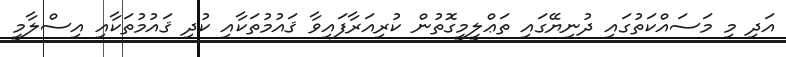
އަދި މި މަސައްކަތުގައި ދުނިޔޭގައި ތަޢްލީމީގޮތުން ކުރިއަރާފައިވާ ޤައުމުތަކާއި ކުދި ޤައުމުތަކާއި އިސްލާމީ